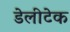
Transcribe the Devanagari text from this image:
डेलीटेक